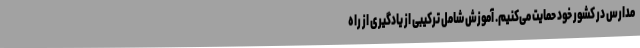
مدارس در کشور خود حمایت می‌کنیم. آموزش شامل ترکیبی از یادگیری از راه